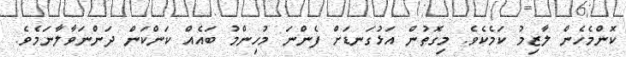
ކޮންމެހެން ލާޒިމު ކަމެކެވެ. މިގޮތުން އަޅުގަނޑަށް ފެންނަ މުހިންމު ބައެއް ކަންކަން ދަންނަވާލާނަމެވެ.